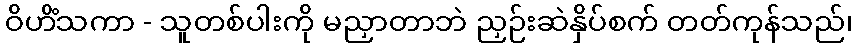
ဝိဟိံသကာ - သူတစ်ပါးကို မညှာတာဘဲ ညှဉ်းဆဲနှိပ်စက် တတ်ကုန်သည်၊